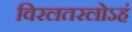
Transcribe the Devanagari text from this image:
विरलतरलोऽहं